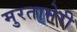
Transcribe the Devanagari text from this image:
मुरतामेरी